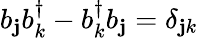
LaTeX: {b}_{\mathbf{j}}{b}_{k}^{\dagger}-{b}_{k}^{\dagger}{b}_{\mathbf{j}}=\delta_{\mathbf{j}k}